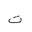
Letter: _ta